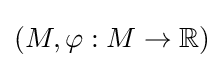
(M,\varphi :M\to \mathbb {R} )